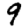
Digit: 9